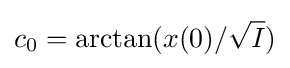
c_{0}=\arctan(x(0)/{\sqrt {I}})